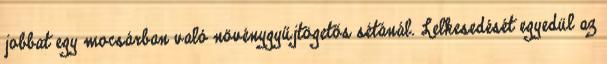
jobbat egy mocsárban való növénygyűjtögetős sétánál. Lelkesedését egyedül az